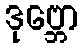
ဒုဗ္ဘော